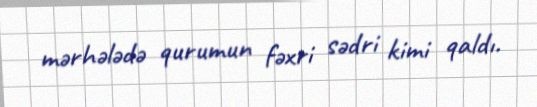
mərhələdə qurumun fəxri sədri kimi qaldı.